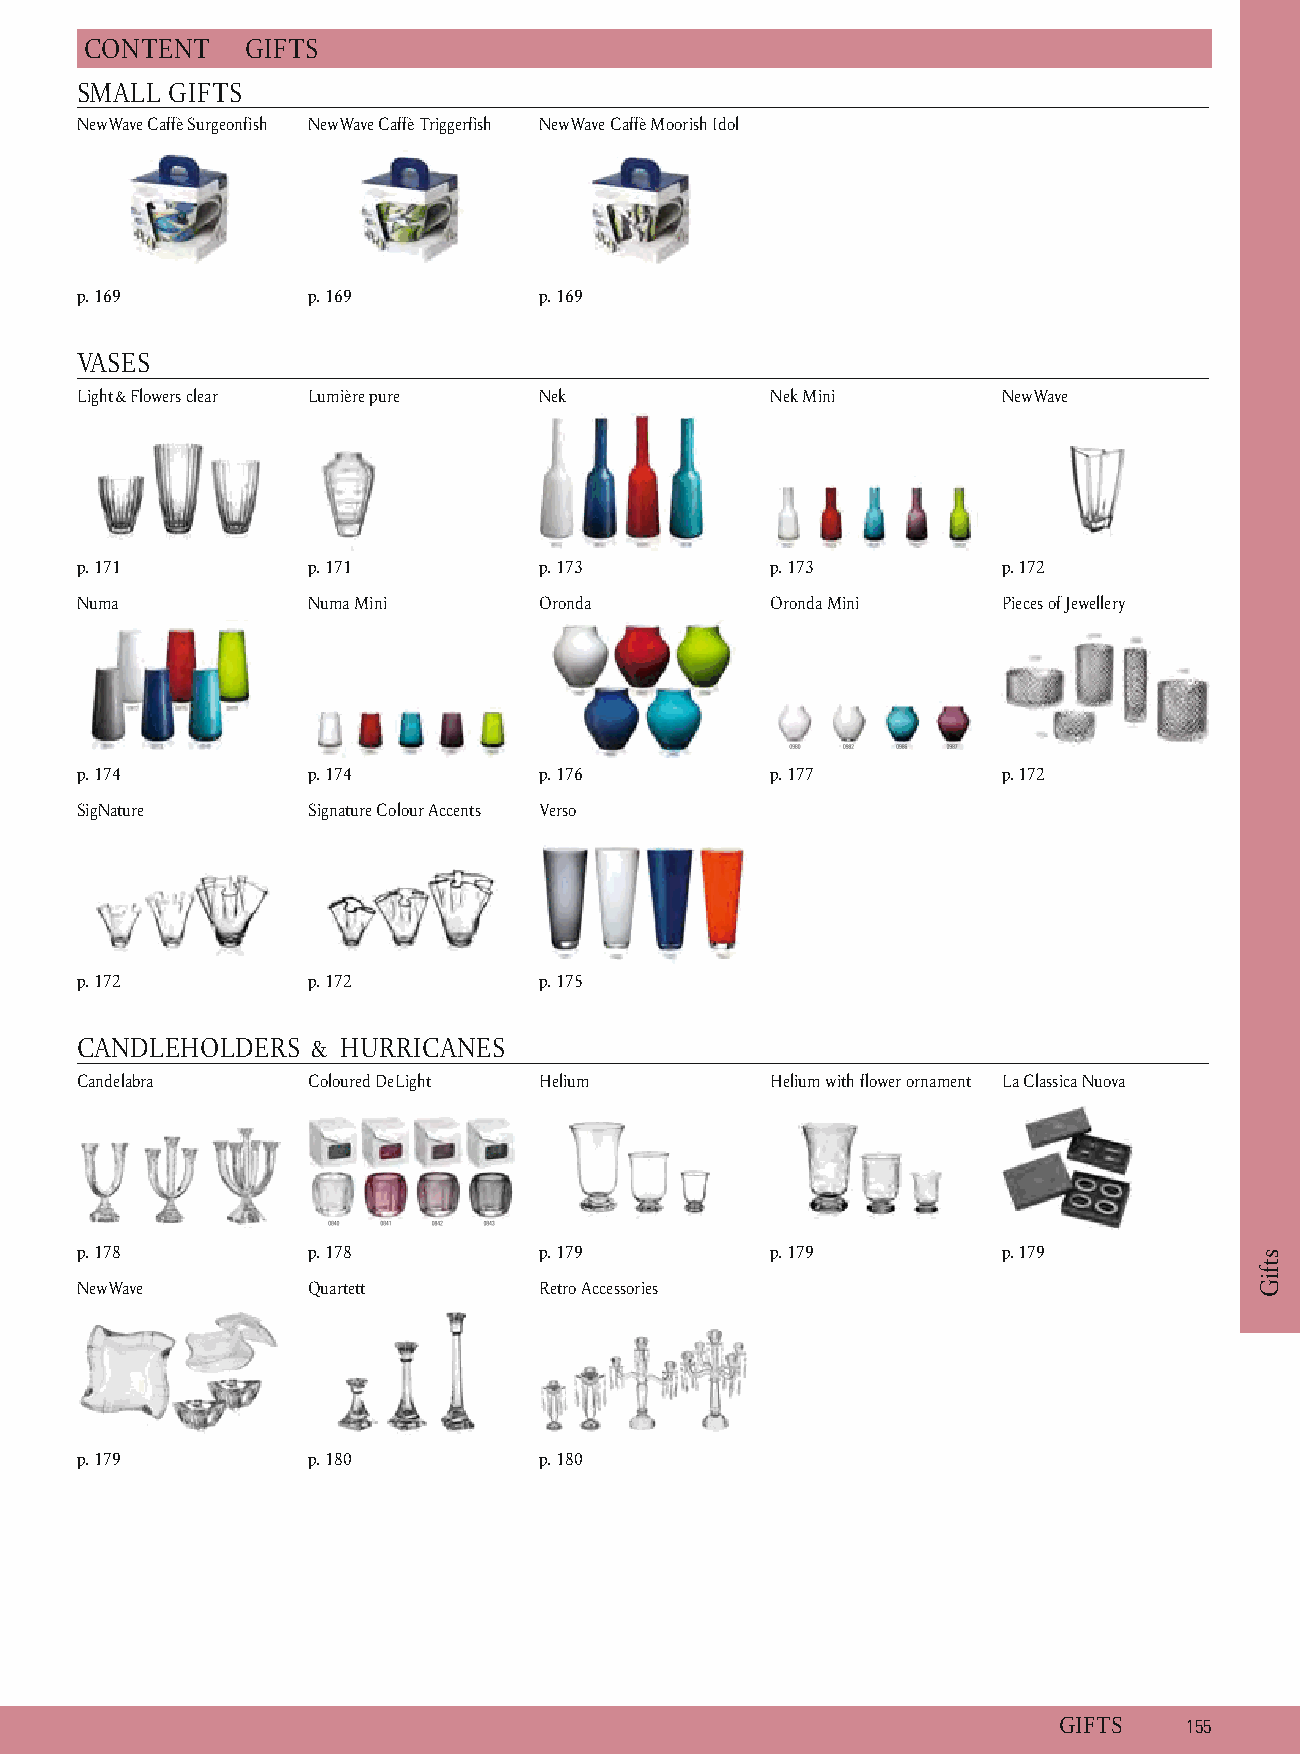
C ONTENT  G IFTS
 SMALL GIFTS
 NewWave Caffè Surgeonfish NewWave Caffè Triggerfish N ewWave Caffè Moorish Idol
 p. 1 69        p . 169         p . 169
 VASES
 Light&Flowers clear Lumière pure Nek          N ek Mini      NewWave
 p. 1 71        p . 171         p . 173        p . 173        p . 172
 Numa           N uma Mini      Oronda         O ronda Mini   Pieces of Jewellery
 p. 1 74        p . 174         p . 176        p . 177        p . 172
 SigNature      S ignature Colour Accents Verso
 p. 1 72        p . 172         p . 175
 CANDLEHOLDERS  &  HURRICANES
 Candelabra     C oloured DeLight Helium       H elium with flower ornament La Classica Nuova
 p. 1 78        p . 178         p . 179        p . 179        p . 179
 NewWave        Q uartett       Retro Accessories
 p. 1 79        p . 180         p . 180
 GIFTS   1 55
 stfiG